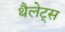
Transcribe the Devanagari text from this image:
थैलेट्स